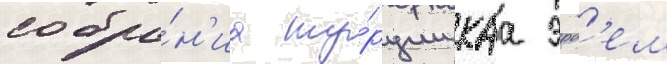
собра́н'иа ту́рции каа эрд'ем